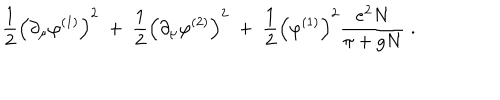
\frac { 1 } { 2 } \Big ( \partial _ { \mu } \varphi ^ { ( 1 ) } \Big ) ^ { 2 } \; + \; \frac { 1 } { 2 } \Big ( \partial _ { \mu } \varphi ^ { ( 2 ) } \Big ) ^ { 2 } \; + \; \frac { 1 } { 2 } \Big ( \varphi ^ { ( 1 ) } \Big ) ^ { 2 } \frac { e ^ { 2 } N } { \pi + g N } \; .